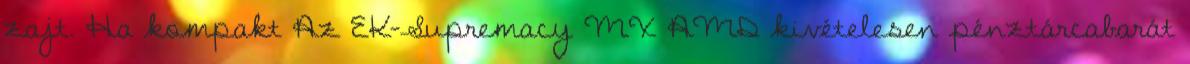
zajt. Ha kompakt Az EK-Supremacy MX AMD kivételesen pénztárcabarát